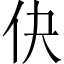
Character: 𬽭